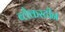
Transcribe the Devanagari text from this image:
ब्लैकस्टीन